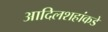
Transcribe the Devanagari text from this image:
आदिलशहांकडे